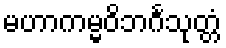
မဟာကမ္မဝိဘင်္ဂသုတ္တံ